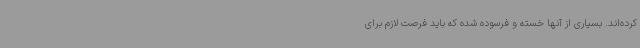
کرده‌اند. بسیاری از آنها خسته و فرسوده شده که باید فرصت لازم برای